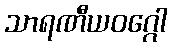
သာရဏီယဝဂ္ဂေါ